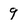
Character: 9